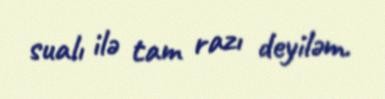
sualı ilə tam razı deyiləm.